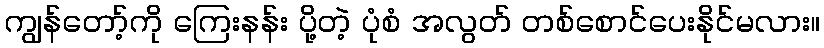
ကျွန်တော့်ကို ကြေးနန်း ပို့တဲ့ ပုံစံ အလွတ် တစ်စောင်ပေးနိုင်မလား။